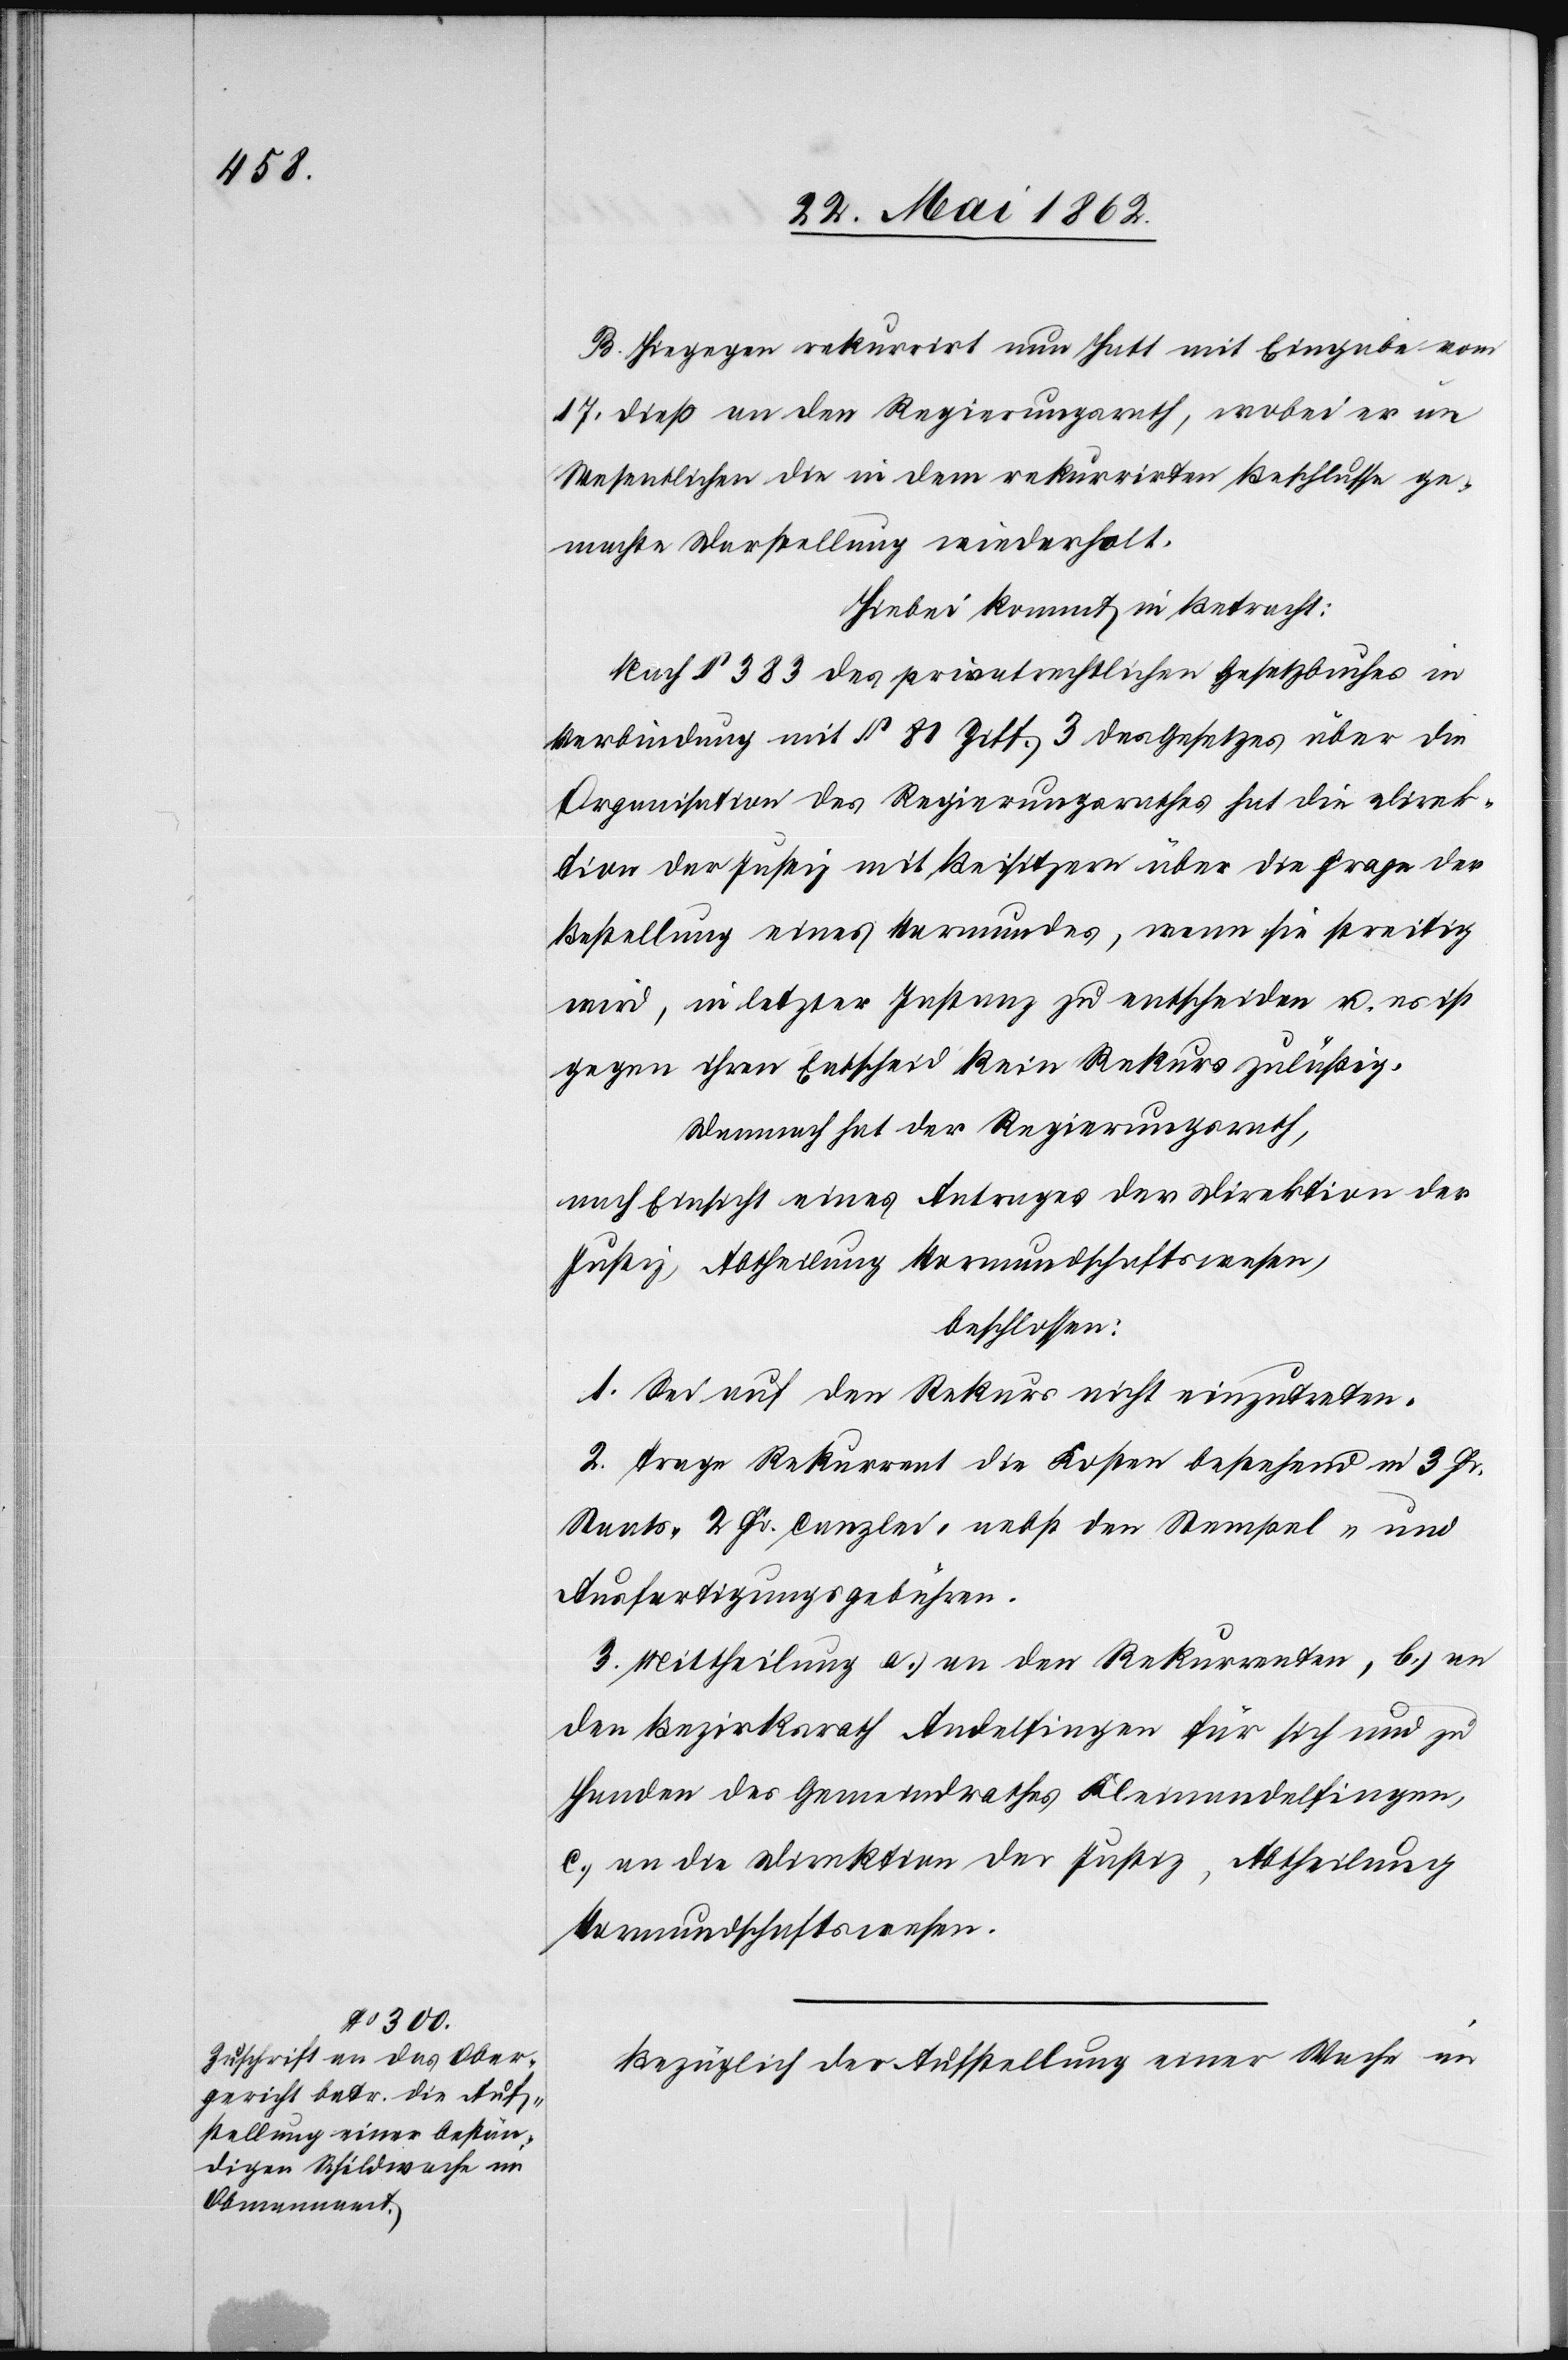
B. Hiegegen rekurrirt nun Hatt mit Eingabe vom
17. dieß an den Regierungsrath, wobei er im
Wesentlichen die in dem rekurrirten Beschlusse ge¬
machte Darstellung wiederholt.
Hiebei kommt in Betracht:
Nach § 383 des privatrechtlichen Gesetzbuches in
Verbindung mit § 81 Ziff. 3 des Gesetzes über die
Organisation des Regierungsrathes hat die Direk¬
tion der Justiz mit Beisitzern über die Frage der
Bestellung eines Vormundes, wenn sie streitig
wird, in letzter Instanz zu entscheiden u. es ist
gegen ihren Entscheid kein Rekurs zuläßig.
Demnach hat der Regierungsrath,
nach Einsicht eines Antrages der Direktion der
Justiz, Abtheilung Vormundschafswesen,
beschlossen.
1. Sei auf den Rekurs nicht einzutreten.
2. Trage Rekurrent die Kosten bestehend in 3 Fr.
Staat-[,] 2 Fr. Canzlei- nebst den Stempel- und
Ausfertigungsgebühren.
3. Mittheilung a) an den Rekurrenten, b) an
den Bezirksrath Andelfingen für sich und zu
Handen des Gemeindrathes Kleinandelfingen,
c) an die Direktion der Justiz, Abtheilung
Vormundschaftswesen.
Bezüglich der Aufstellung einer Wache am